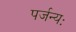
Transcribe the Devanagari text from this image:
पर्जन्यः